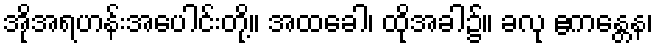
အိုအရဟန်းအပေါင်းတို့။ အထခေါ၊ ထိုအခါ၌။ ခလု ဧကန္တေန၊